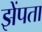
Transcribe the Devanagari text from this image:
झेंपता